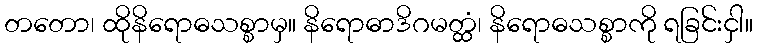
တတော၊ ထိုနိရောဓသစ္စာမှ။ နိရောဓာဒိဂမတ္ထံ၊ နိရောဓသစ္စာကို ရခြင်းငှါ။